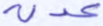
عدن